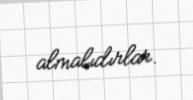
almalıdırlar.